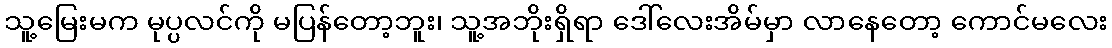
သူ့မြေးမက မုပ္ပလင်ကို မပြန်တော့ဘူး၊ သူ့အဘိုးရှိရာ ဒေါ်လေးအိမ်မှာ လာနေတော့ ကောင်မလေး